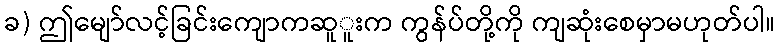
ခ) ဤမျော်လင့်ခြင်းကျောကဆူူးက ကွန်ပ်တို့ကို ကျဆုံးစေမှာမဟုတ်ပါ။